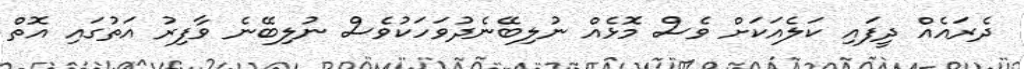
ދެރައެއް ދީފައި ކަލެއަކަށް ވެސް މޮޅެއް ނުލިބޭނެދުވަހަކުވެސް ނުލިބޭނެ ވާފިރު އަތުގައި އޮތް